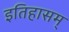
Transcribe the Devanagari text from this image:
इतिहासम्